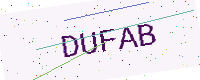
Text: DUFAB